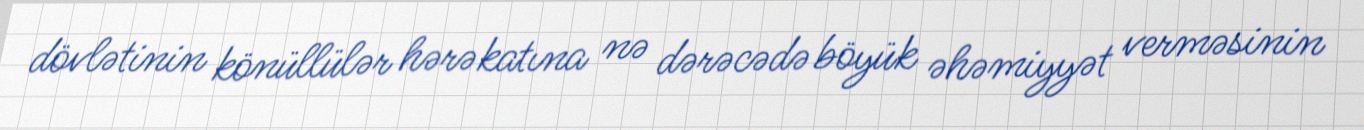
dövlətinin könüllülər hərəkatına nə dərəcədə böyük əhəmiyyət verməsinin